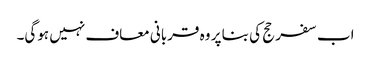
اب سفر حج کی بنا پر وہ قربانی معاف نہیں ہوگی۔